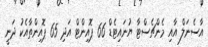
އާސެނަލް އާއި މެންޗެސްޓާ ޔުނައިޓެޑް 66 ޕޮއިންޓް އަދި 65 ޕޮއިންތާއެކު ދަނީ